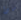
ماذا